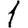
Digit: 1